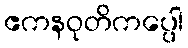
ဧကနဝုတိကပ္ပေါ